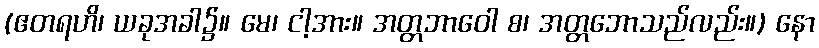
(ဧတရဟိ၊ ယခုအခါ၌။ မေ၊ ငါ့အား။ အတ္တဘာဝေါ စ၊ အတ္တဘောသည်လည်း။) နော